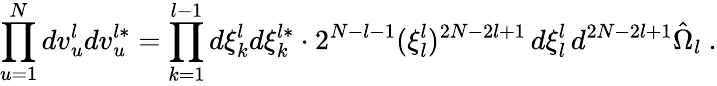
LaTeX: \prod_{u=1}^{N}dv_{u}^{l}dv_{u}^{l*}=\prod_{k=1}^{l-1}d\xi_{k}^{l}d\xi_{k}^{l*}\cdot 2^{N-l-1}(\xi_{l}^{l})^{2N-2l+1}\, d\xi_{l}^{l}\, d^{2N-2l+1}\hat{\Omega}_{l}\ .